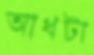
আধটা